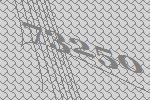
73250